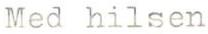
Med hilsen